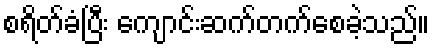
စရိတ်ခံပြီး ကျောင်းဆက်တက်စေခဲ့သည်။